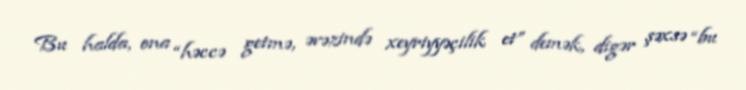
Bu halda, ona “həccə getmə, əvəzində xeyriyyəçilik et” demək, digər şəxsə “bu